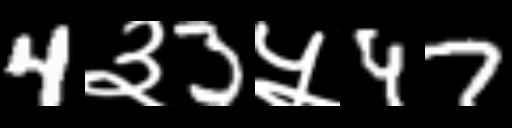
Text: 4३3५47